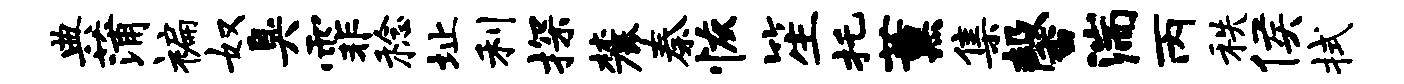
典蒲褊奴臭霏稔址利探麓秦恢笙托薰集馨湍丙秩侯拭